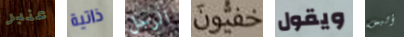
عنبر ذاتية الرجل خفيون ويقول أليس